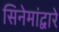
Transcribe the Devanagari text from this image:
सिनेमांद्वारे